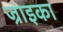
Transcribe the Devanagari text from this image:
ज्राइका